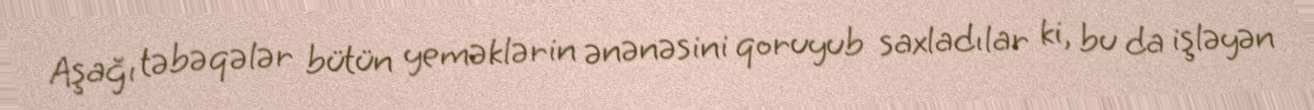
Aşağı təbəqələr bütün yeməklərin ənənəsini qoruyub saxladılar ki, bu da işləyən